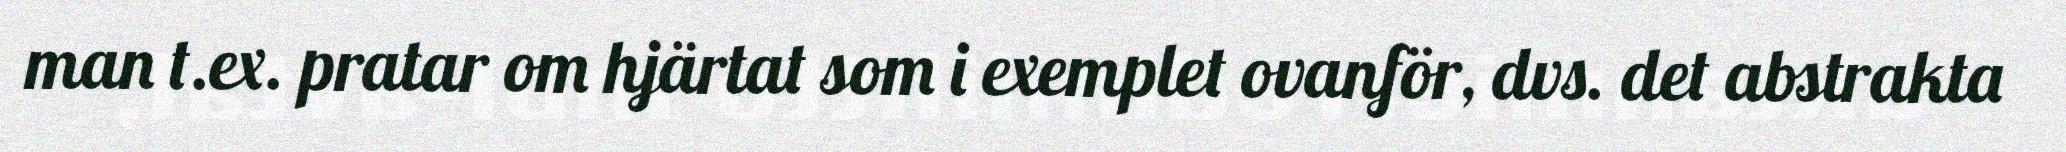
man t.ex. pratar om hjärtat som i exemplet ovanför, dvs. det abstrakta